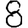
Digit: 8